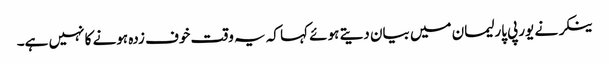
ینکر نے یورپی پارلیمان میں بیان دیتے ہوئے کہا کہ یہ وقت خوف زدہ ہونے کا نہیں ہے۔